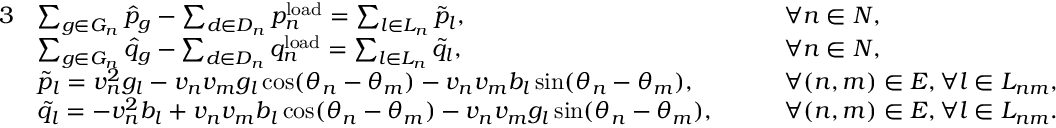
\begin{array} { r l r l } { { 3 } } & { \sum _ { g \in G _ { n } } \hat { p } _ { g } - \sum _ { d \in D _ { n } } p _ { n } ^ { \mathrm { l o a d } } = \sum _ { l \in L _ { n } } \tilde { p } _ { l } , } & & { \quad \forall n \in N , } \\ & { \sum _ { g \in G _ { n } } \hat { q } _ { g } - \sum _ { d \in D _ { n } } q _ { n } ^ { \mathrm { l o a d } } = \sum _ { l \in L _ { n } } \tilde { q } _ { l } , } & & { \quad \forall n \in N , } \\ & { \tilde { p } _ { l } = v _ { n } ^ { 2 } g _ { l } - v _ { n } v _ { m } g _ { l } \cos ( \theta _ { n } - \theta _ { m } ) - v _ { n } v _ { m } b _ { l } \sin ( \theta _ { n } - \theta _ { m } ) , } & & { \quad \forall ( n , m ) \in E , \forall l \in L _ { n m } , } \\ & { \tilde { q } _ { l } = - v _ { n } ^ { 2 } b _ { l } + v _ { n } v _ { m } b _ { l } \cos ( \theta _ { n } - \theta _ { m } ) - v _ { n } v _ { m } g _ { l } \sin ( \theta _ { n } - \theta _ { m } ) , } & & { \quad \forall ( n , m ) \in E , \forall l \in L _ { n m } . } \end{array}